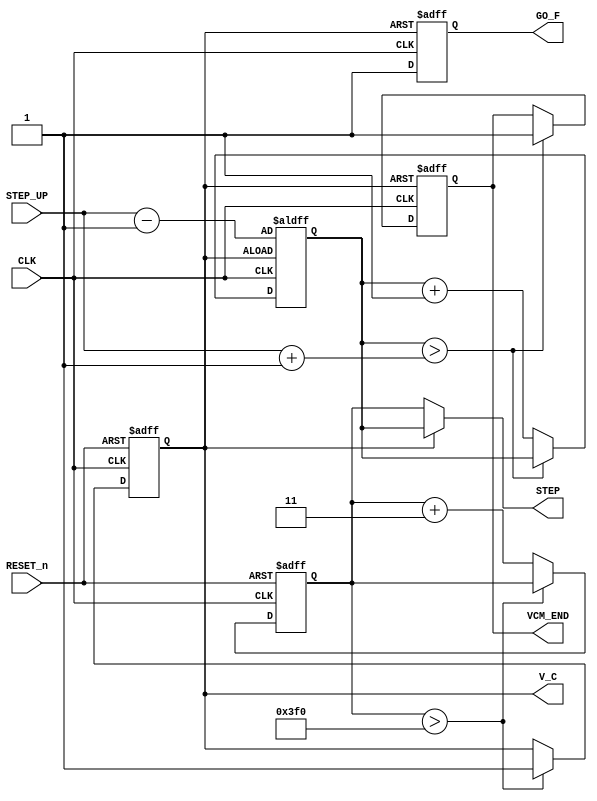
module F_VCM  ( 
input RESET_n ,
input CLK  , 
output [10:0]STEP,
input  [9:0] STEP_UP , 
output reg V_C ,
output reg VCM_END  ,
output reg GO_F 


) ; 
//=============================================================================
// REG/WIRE declarations
//=============================================================================

parameter SCAL   = 3;
parameter SCAL_f = 1;
reg [10:0]  STEP_i;
reg [10:0]  STEP_f;

//=======================================================
// Structural coding
//=======================================================

//---step out 
assign STEP = ( !V_C )? STEP_i  :STEP_f ; 

//---------------------------------------initial setting
reg [9:0] STP_I ; 
always @( negedge RESET_n  or posedge CLK )  
 begin 
 if (!RESET_n )  begin 
     V_C <=0 ; 
	  STEP_i <= 0; 
 end 
  else  begin 
		if    (STEP_i  > 11'h3f0 )
		       V_C <=1 ; 
	   else   STEP_i <= STEP_i + SCAL ;  
    end 
 end 

 
//----------------------------------------fine-adjustment
always @( negedge V_C  or posedge CLK )  
 begin 
 if (!V_C )  begin 
	  STEP_f  <= STEP_UP- SCAL/2; 
	  VCM_END <= 0; 	  
	  GO_F  <=0; 
 end 
  else  begin 
      GO_F  <=1; 
		if    (STEP_f  >  STEP_UP + SCAL/2   )
		       VCM_END <=1 ; 
	   else   STEP_f  <= STEP_f + SCAL_f;
    end 
 end 

endmodule